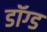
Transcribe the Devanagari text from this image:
डॉग्ड